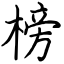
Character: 榜